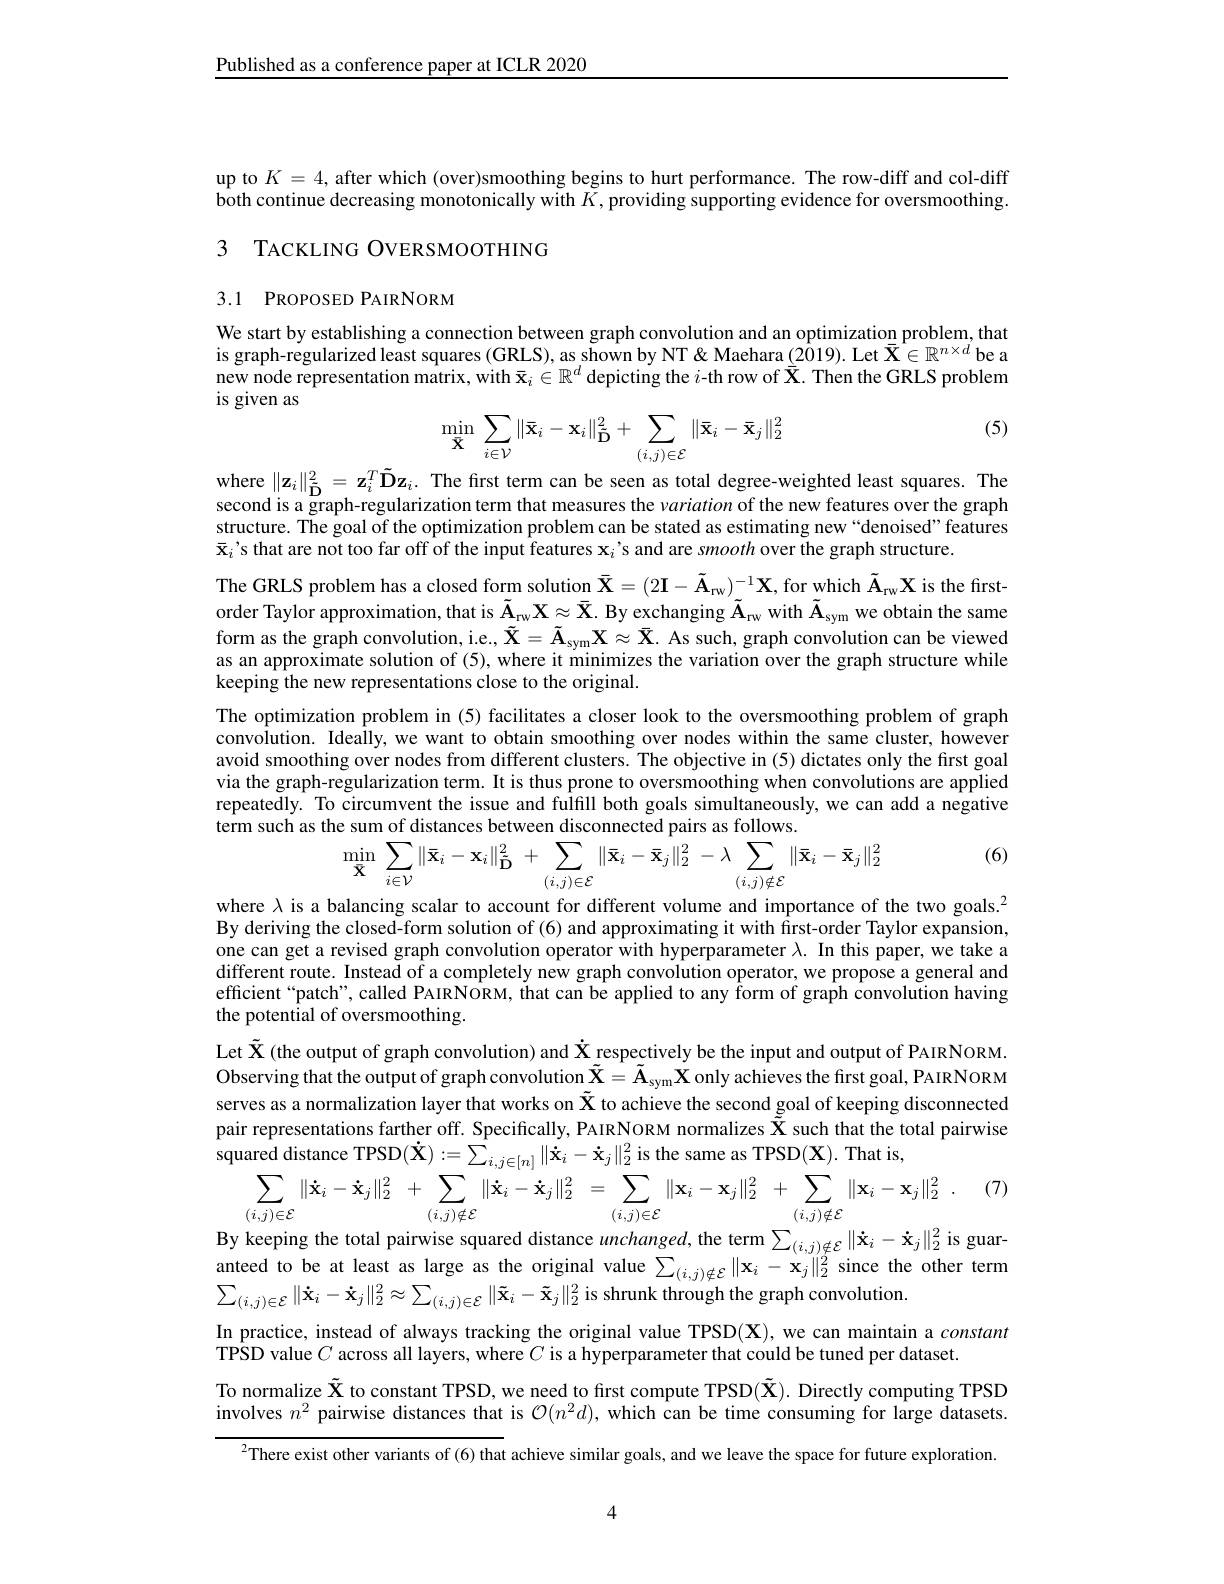
Published as a conference paper at ICLR 2020

up to $K=4$, after which (over)smoothing begins to hurt performance. The row-diff and col-diff $\hat{\text{both continue decreasing monotonically with }K},\hat{\text{providing supporting evidence for oversmoothing}}.$ 3 TACKLING OVERSMOOTHING

## 3.1 PROPOSED PAIRNORM

We start by establishing a connection between graph convolution and an optimization problem, that is graph-regularized least squares (GRLS), as shown by NT& Maehara (2019). Let $\bar{\mathbf{X}}\in\mathbb{R}^{n\times d}$ be a new node representation matrix, with $\bar{\mathbf{x}}_i\in\mathbb{R}^d$ depicting the $i$-th row of $\bar{\mathbf{X}}.$ Then the GRLS problem is given as

(5)
$$\min\limits_{\bar{\mathbf{X}}}\sum\limits_{i\in\mathcal{V}}\|\bar{\mathbf{x}}_i-\mathbf{x}_i\|_{\tilde{\mathbf{D}}}^2+\sum\limits_{(i,j)\in\mathcal{E}}\|\bar{\mathbf{x}}_i-\bar{\mathbf{x}}_j\|_2^2$$
where $\|\mathbf{z}_i\|_{\tilde{\mathbf{D}}}^2=\mathbf{z}_i^T\tilde{\mathbf{D}}\mathbf{z}_i.$ The first term can be seen as total degree-weighted least squares. The

second is a graph-regularization term that measures the variation of the new features over the graph structure. The goal of the optimization problem can be stated as estimating new“denoised”features $\bar{\mathbf{x}}_i’$s that are not too far off of the input features $\mathbf{x}_i’$s and are smooth over the graph structure.
The GRLS problem has a closed form solution $\bar{\mathbf{X} } = ( 2\mathbf{I} - \tilde{\mathbf{A} } _{\mathrm{rw}}) _{- 1}\mathbf{X} $, for which $\tilde{\mathbf{A} } _\mathrm{rw}\mathbf{X}$ is the firstorder Taylor approximation, that is $\tilde{\mathbf{A} } _\mathrm{\tau w}\mathbf{X} \approx \bar{\mathbf{X} } .$ By exchanging $\tilde{\mathbf{A}}_\mathrm{rw}$ with $\tilde{\mathbf{A}}_\mathrm{sym}$ we obtain the same form as the graph convolution, i.e., $\tilde{\mathbf{X} } = \tilde{\mathbf{A} } _{\mathrm{sym}}\mathbf{X} \approx \bar{\mathbf{X} } .$ As such, graph convolution can be viewed as an approximate solution of (5), where it minimizes the variation over the graph structure while keeping the new representations close to the original.
The optimization problem in (5) facilitates a closer look to the oversmoothing problem of graph convolution. Ideally, we want to obtain smoothing over nodes within the same cluster, however avoid smoothing over nodes from different clusters. The objective in (5) dictates only the first goal via the graph-regularization term. It is thus prone to oversmoothing when convolutions are applied repeatedly. To circumvent the issue and fulfill both goals simultaneously, we can add a negative term such as the sum of distances between disconnected pairs as follows.
(6)
$$\min_{\bar{\mathbf{X}}}\:\sum_{i\in\mathcal{V}}\|\bar{\mathbf{x}}_{i}-\mathbf{x}_{i}\|_{\tilde{\mathbf{D}}}^{2}\:+\:\sum_{(i,j)\in\mathcal{E}}\|\bar{\mathbf{x}}_{i}-\bar{\mathbf{x}}_{j}\|_{2}^{2}\:-\lambda\:\sum_{(i,j)\notin\mathcal{E}}\|\bar{\mathbf{x}}_{i}-\bar{\mathbf{x}}_{j}\|_{2}^{2}$$
where $\lambda$ is a balancing scalar to account for different volume and importance of the two goals.$^{2}$ By deriving the closed-form solution of (6) and approximating it with first-order Taylor expansion, one can get a revised graph convolution operator with hyperparameter $\lambda.$ In this paper, we take a different route. Instead of a completely new graph convolution operator, we propose a general and efficient“patch”, called PAIRNORM, that can be applied to any form of graph convolution having the potential of oversmoothing.
Let $\tilde{\mathcal{X}}$ (the output of graph convolution) and $\dot{\mathcal{X}}$ respectively be the input and output of PAIRNORM. Observing that the output of graph convolution $\tilde{\mathbf{X}}=\tilde{\mathbf{A}}_{\mathrm{sym}}\tilde{\mathbf{X}}$ only achieves the first goal, PAIRNORM serves as a normalization layer that works on $\tilde{\mathbf{X}}$ to achieve the second goal of keeping disconnected pair representations farther off. Specifically, PAIRNORM normalizes $\tilde{\mathcal{X}}$ such that the total pairwise squared distance TPSD$(\dot{\mathbf{X}}):=\sum_{i,j\in[n]}\|\dot{\mathbf{x}}_{i}-\dot{\mathbf{x}}_{j}\|_{2}^{2}$is the same as TPSD$(\mathbf{X}).$ That is,
(7)
$$\sum_{(i,j)\in\mathcal{E}}\|\dot{\mathbf{x}}_i-\dot{\mathbf{x}}_j\|_2^2\:+\:\sum_{(i,j)\notin\mathcal{E}}\|\dot{\mathbf{x}}_i-\dot{\mathbf{x}}_j\|_2^2\:=\:\sum_{(i,j)\in\mathcal{E}}\|\mathbf{x}_i-\mathbf{x}_j\|_2^2\:+\:\sum_{(i,j)\notin\mathcal{E}}\|\mathbf{x}_i-\mathbf{x}_j\|_2^2\:.$$
By keeping the total pairwise squared distance $unchanged$, the term $\sum_{(i,j)\notin\mathcal{E}}\|\mathbf{\dot{x}}_i-\mathbf{\dot{x}}_j\|_2^2$ is guaranteed to be at least as large as the original value $\sum_{(i,j)\notin\mathcal{E}}\|\mathbf{x}_i-\mathbf{x}_j\|_2^2$ since the other term $\sum_{(i,j)\in\mathcal{E}}\|\dot{\mathbf{x}}_{i}-\dot{\mathbf{x}}_{j}\|_{2}^{2}\approx\sum_{(i,j)\in\mathcal{E}}\|\tilde{\mathbf{x}}_{i}-\tilde{\mathbf{x}}_{j}\|_{2}^{2}$is shrunk through the graph convolution.
In practice, instead of always tracking the original value TPSD(X), we can maintain a constant
TPSD value $C$ across all layers, where $C$ is a hyperparameter that could be tuned per dataset.
To normalize $\tilde{\mathbf{X}}$ to constant TPSD, we need to first compute TPSD( $\tilde{\mathbf{X}}).$ Directly computing TPSD involves $n^2$ pairwise distances that is $\mathcal{O}(n^2d)$, which can be time consuming for large datasets.
$^{2}$There exist other variants of (6) that achieve similar goals, and we leave the space for future exploration.

4